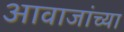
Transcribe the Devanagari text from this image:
आवाजांच्या